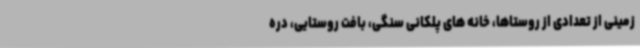
زمینی از تعدادی از روستاها، خانه های پلکانی سنگی، بافت روستایی، دره